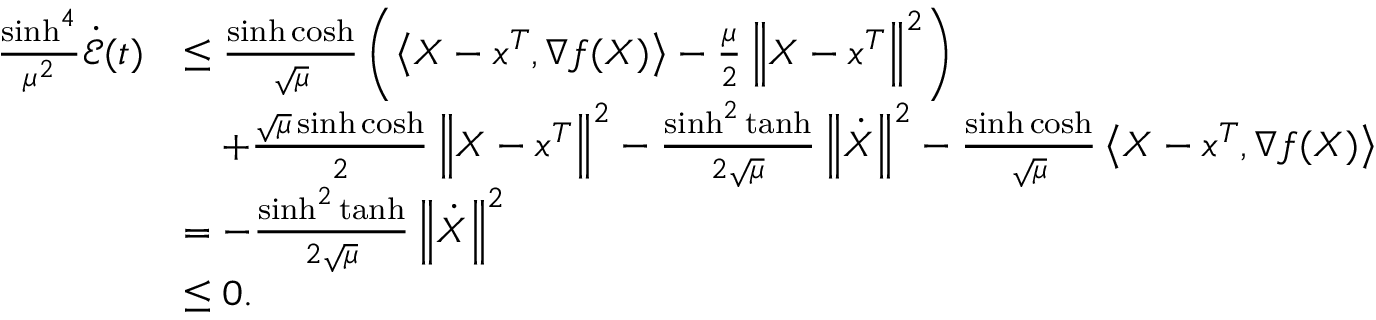
\begin{array} { r l } { \frac { \sinh ^ { 4 } } { \mu ^ { 2 } } \dot { \mathcal { E } } ( t ) } & { \leq \frac { \sinh \cosh } { \sqrt { \mu } } \left( \left\langle X - x ^ { T } , \nabla f ( X ) \right\rangle - \frac { \mu } { 2 } \left\Vert X - x ^ { T } \right\Vert ^ { 2 } \right) } \\ & { \quad + \frac { \sqrt { \mu } \sinh \cosh } { 2 } \left\Vert X - x ^ { T } \right\Vert ^ { 2 } - \frac { \sinh ^ { 2 } \operatorname { t a n h } } { 2 \sqrt { \mu } } \left\Vert \dot { X } \right\Vert ^ { 2 } - \frac { \sinh \cosh } { \sqrt { \mu } } \left\langle X - x ^ { T } , \nabla f ( X ) \right\rangle } \\ & { = - \frac { \sinh ^ { 2 } \operatorname { t a n h } } { 2 \sqrt { \mu } } \left\Vert \dot { X } \right\Vert ^ { 2 } } \\ & { \leq 0 . } \end{array}